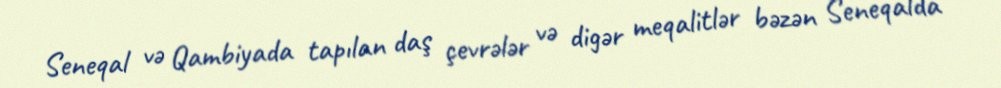
Seneqal və Qambiyada tapılan daş çevrələr və digər meqalitlər bəzən Seneqalda